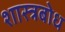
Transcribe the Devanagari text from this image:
शास्त्रबोध